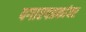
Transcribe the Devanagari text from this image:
पगारपत्रकांवर